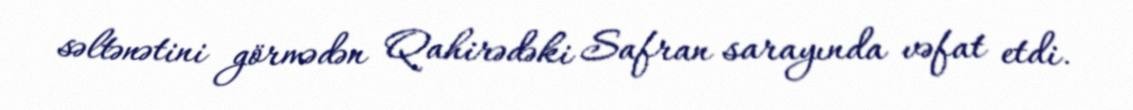
səltənətini görmədən Qahirədəki Safran sarayında vəfat etdi.